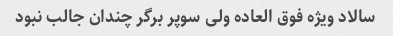
سالاد ویژه فوق العاده ولی سوپر برگر چندان جالب نبود